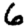
Digit: 6